Vaccination in Burma 1900-1911 - 1900-1911
Year: 1900
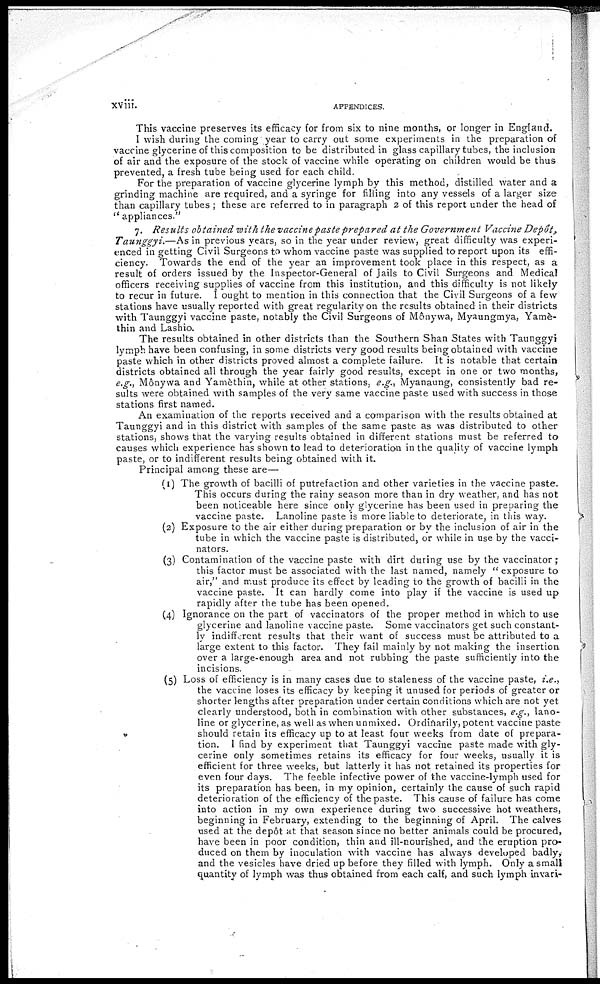
xviii.
APPENDICES.
This vaccine preserves its efficacy for from six to nine months, or longer in England.
I wish during the coming year to carry out some experiments in the preparation of
vaccine glycerine of this composition to be distributed in glass capillary tubes, the inclusion
of air and the exposure of the stock of vaccine while operating on children would be thus
prevented, a fresh tube being used for each child.
For the preparation of vaccine glycerine lymph by this method, distilled water and a
grinding machine are required, and a syringe for filling into any vessels of a larger size
than capillary tubes ; these are referred to in paragraph 2 of this report under the head of
" appliances."
7. Results obtained with the vaccine paste prepared at the Government Vaccine Depôt,
Taunggyi.—As in previous years, so in the year under review, great difficulty was experi-
enced in getting Civil Surgeons to whom vaccine paste was supplied to report upon its effi-
ciency. Towards the end of the year an improvement took place in this respect, as a
result of orders issued by the Inspector-General of Jails to Civil Surgeons and Medical
officers receiving supplies of vaccine from this institution, and this difficulty is not likely
to recur in future. I ought to mention in this connection that the Civil Surgeons of a few
stations have usually reported with great regularity on the results obtained in their districts
with Taunggyi vaccine paste, notably the Civil Surgeons of Mônywa, Myaungmya, Yamè¬
thin and Lashio.
The results obtained in other districts than the Southern Shan States with Taunggyi
lymph have been confusing, in some districts very good results being obtained with vaccine
paste which in other districts proved almost a complete failure. It is notable that certain
districts obtained all through the year fairly good results, except in one or two months,
e.g., Mônywa and Yamèthin, while at other stations, e.g., Myanaung, consistently bad re-
sults were obtained with samples of the very same vaccine paste used with success in those
stations first named.
An examination of the reports received and a comparison with the results obtained at
Taunggyi and in this district with samples of the same paste as was distributed to other
stations, shows that the varying results obtained in different stations must be referred to
causes which experience has shown to lead to deterioration in the quality of vaccine lymph
paste, or to indifferent results being obtained with it.
Principal among these are—
(1) The growth of bacilli of putrefaction and other varieties in the vaccine paste.
This occurs during the rainy season more than in dry weather, and has not
been noticeable here since only glycerine has been used in preparing the
vaccine paste. Lanoline paste is more liable to deteriorate, in this way.
(2) Exposure to the air either during preparation or by the inclusion of air in the
tube in which the vaccine paste is distributed, or while in use by the vacci-
nators.
(3) Contamination of the vaccine paste with dirt during use by the vaccinator ;
this factor must be associated with the last named, namely " exposure to
air," and must produce its effect by leading to the growth of bacilli in the
vaccine paste. It can hardly come into play if the vaccine is used up
rapidly after the tube has been opened.
(4) Ignorance on the part of vaccinators of the proper method in which to use
glycerine and lanoline vaccine paste. Some vaccinators get such constant-
ly indifferent results that their want of success must be attributed to a
large extent to this factor. They fail mainly by not making the insertion
over a large-enough area and not rubbing the paste sufficiently into the
incisions.
(5) Loss of efficiency is in many cases due to staleness of the vaccine paste, i.e.,
the vaccine loses its efficacy by keeping it unused for periods of greater or
shorter lengths after preparation under certain conditions which are not yet
clearly understood, both in combination with other substances, e.g., lano-
line or glycerine, as well as when unmixed. Ordinarily, potent vaccine paste
should retain its efficacy up to at least four weeks from date of prepara-
tion. I find by experiment that Taunggyi vaccine paste made with gly-
cerine only sometimes retains its efficacy for four weeks, usually it is
efficient for three weeks, but latterly it has not retained its properties for
even four days. The feeble infective power of the vaccine-lymph used for
its preparation has been, in my opinion, certainly the cause of such rapid
deterioration of the efficiency of the paste. This cause of failure has come
into action in my own experience during two successive hot weathers,
beginning in February, extending to the beginning of April. The calves
used at the depôt at that season since no better animals could be procured,
have been in poor condition, thin and ill-nourished, and the eruption pro-
duced on them by inoculation with vaccine has always developed badly,
and the vesicles have dried up before they filled with lymph. Only a small
quantity of lymph was thus obtained from each calf, and such lymph invari-